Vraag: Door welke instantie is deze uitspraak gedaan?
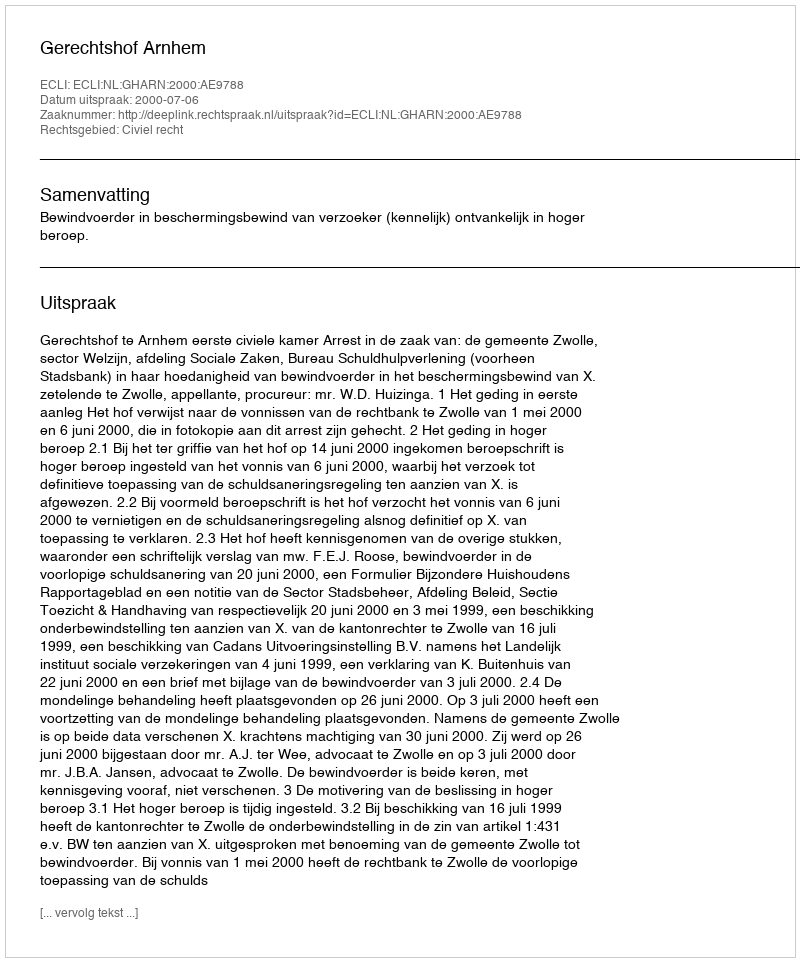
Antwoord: Gerechtshof Arnhem